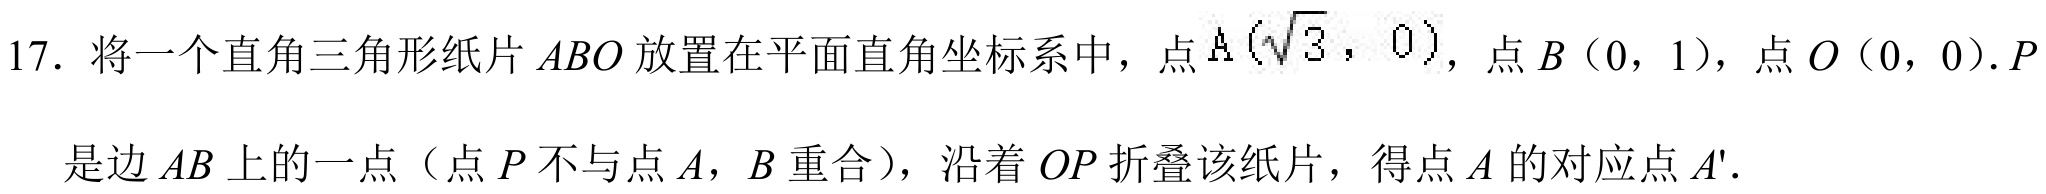
17. 将一个直角三角形纸片 \(ABO\) 放置在平面直角坐标系中，点 \(A(\sqrt{3},0)\)，点 \(B\)（0，1），点 \(O\)（0，0）.\(P\) 是边 \(AB\) 上的一点（点 \(P\) 不与点 \(A\)，\(B\) 重合），沿着 \(OP\) 折叠该纸片，得点 \(A\) 的对应点 \(A'\).